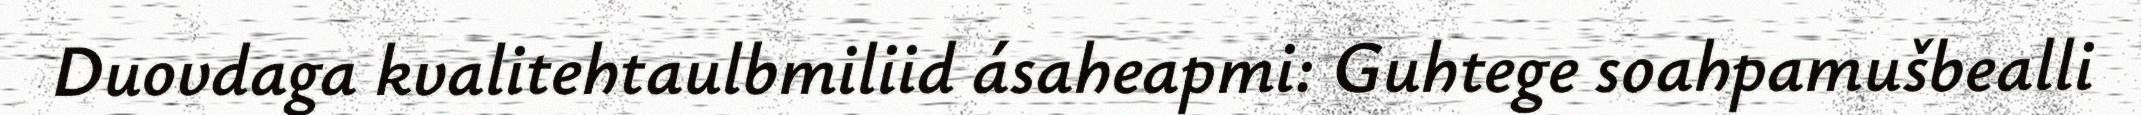
Duovdaga kvalitehtaulbmiliid ásaheapmi: Guhtege soahpamušbealli